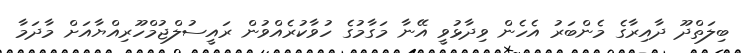
ބިލަތްދޫ ދާއިރާގެ މެންބަރު އެހެން ވިދާޅުވީ އޭނާ މަގާމުގެ ހުވާކުރެއްވުން ރައީސުލްޖުމްހޫރިއްޔާއަށް މާދަމާ